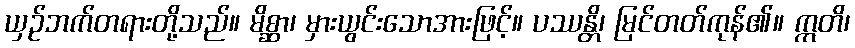
ယှဉ်ဘက်တရားတို့သည်။ မိစ္ဆာ၊ မှားယွင်းသောအားဖြင့်။ ပဿန္တိ၊ မြင်တတ်ကုန်၏။ ဣတိ၊